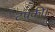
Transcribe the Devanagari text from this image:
टपकी।